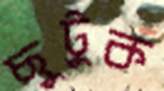
ছুটুক